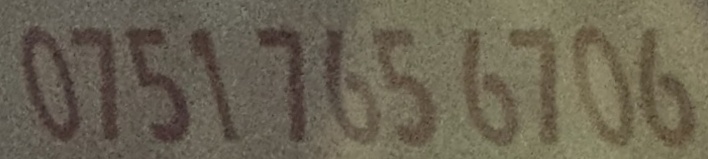
0751 765 6706